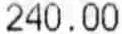
240.00